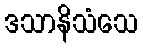
ဒသာနိသံသေ